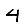
Digit: 4